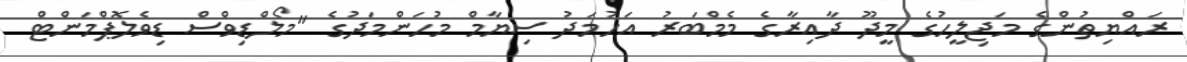
ރައްޔިތުންގެ މަޖިލީހުގެ މީދޫ ދާއިރާގެ މެމްބަރު އަހުމަދު ސިޔާމް މުހަންމަދުގެ "މޯލްޑިވްސް ޑިވެލޮޕްމަންޓް